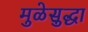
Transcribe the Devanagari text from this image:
मुळेसुद्धा